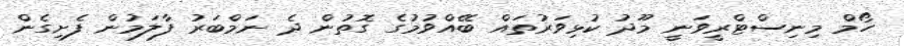
ހޯމް މިނިސްޓްރީވަނީ މޫދު ކުޅިވަރުތައް ބޭއްވުމުގެ ގޮތުން ދެ ނަމްބަރު ފާލަމުން ފެށިގެން